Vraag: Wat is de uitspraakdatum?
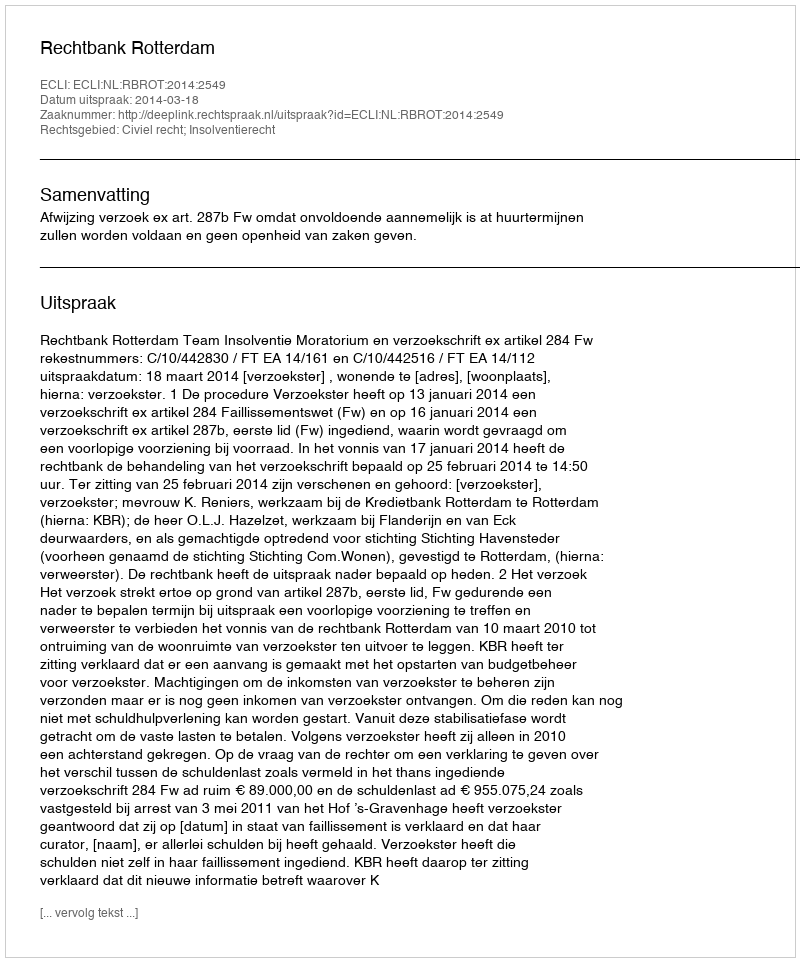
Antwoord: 2014-03-18